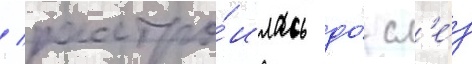
/ расстро́илась до́ сл'е́з